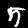
Label: 5